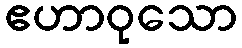
ဧဟာဝုသော